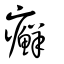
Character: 癬